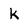
Character: k